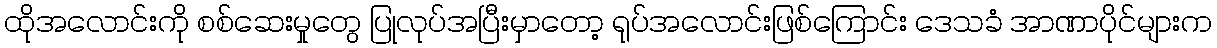
ထိုအလောင်းကို စစ်ဆေးမှုတွေ ပြုလုပ်အပြီးမှာတော့ ရုပ်အလောင်းဖြစ်ကြောင်း ဒေသခံ အာဏာပိုင်များက